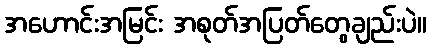
အဟောင်းအမြင်း အစုတ်အပြတ်တွေချည်းပဲ။